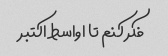
فکر کنم تا اواسط اکتبر